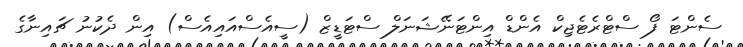
ސެންޓަ ފޯ ސްޓްރެޓެޖިކް އެންޑް އިންޓަނޭޝަނަލް ސްޓަޑީޒް (ސީއެސްއައިއެސް) އިން ދެކުނު ޗައިނާގެ